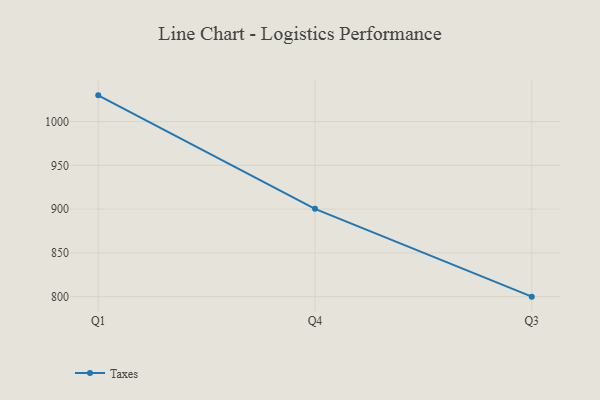
{"axis": {"x": "Quarter", "y": "Churn Rate (%)"}, "legend": ["Taxes"], "data": [{"x": "Q1", "y": 1030.0, "type": "Taxes"}, {"x": "Q4", "y": 900.3, "type": "Taxes"}, {"x": "Q3", "y": 800, "type": "Taxes"}]}